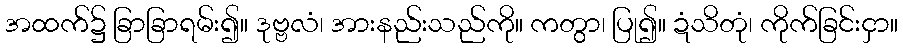
အထက်၌ ခြာခြာရမ်း၍။ ဒုဗ္ဗလံ၊ အားနည်းသည်ကို။ ကတွာ၊ ပြု၍။ ဍံသိတုံ၊ ကိုက်ခြင်းငှာ။